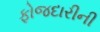
ફોજદારીની